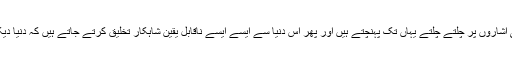
محض چند لوگ ہوتے ہیں جو غیبی اشاروں پر چلتے چلتے یہاں تک پہنچتے ہیں اور پھر اس دنیا سے ایسے ایسے ناقابل یقین شاہکار تخلیق کرتے جاتے ہیں کہ دنیا دیکھ دیکھ کے حیران ہوتی رہتی ہے۔